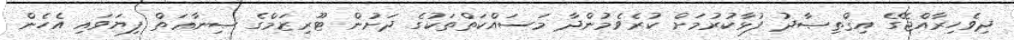
ދިވެހިރާއްޖޭގެ އިޤްތިޞާދު ފުޅާކުރުމަށް ކުރެވެމުންދާ މަސައްކަތްތަކުގެ ދަށުން ޓޫރިޒަމްގެ ޞިނާޢަތް ފިޔަވައި އެހެން